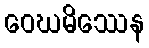
ဝေဃမိဿေန